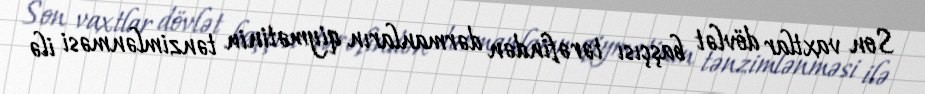
Son vaxtlar dövlət başçısı tərəfindən dərmanların qiymətinin tənzimlənməsi ilə